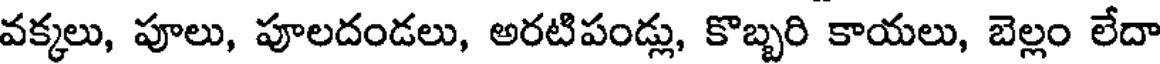
వక్కలు, పూలు, పూలదండలు, అరటిపండ్లు, కొబ్బరి కాయలు, బెల్లం లేదా